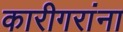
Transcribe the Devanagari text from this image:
कारीगरांना